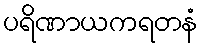
ပရိဏာယကရတနံ